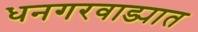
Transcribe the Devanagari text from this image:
धनगरवाड्यात